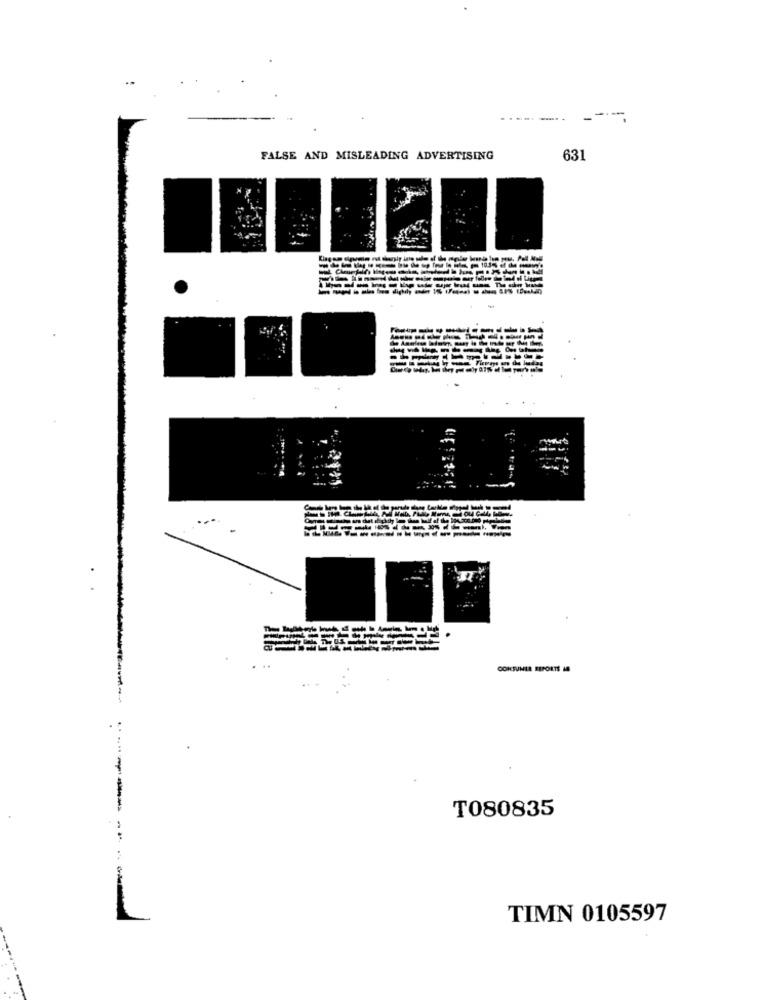
-
FALSE AND MISLEADING ADVERTISING
631
ma digkih
CONSUMER REPORTS 48
T080835
-------
TIMN 0105597